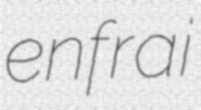
enfrai